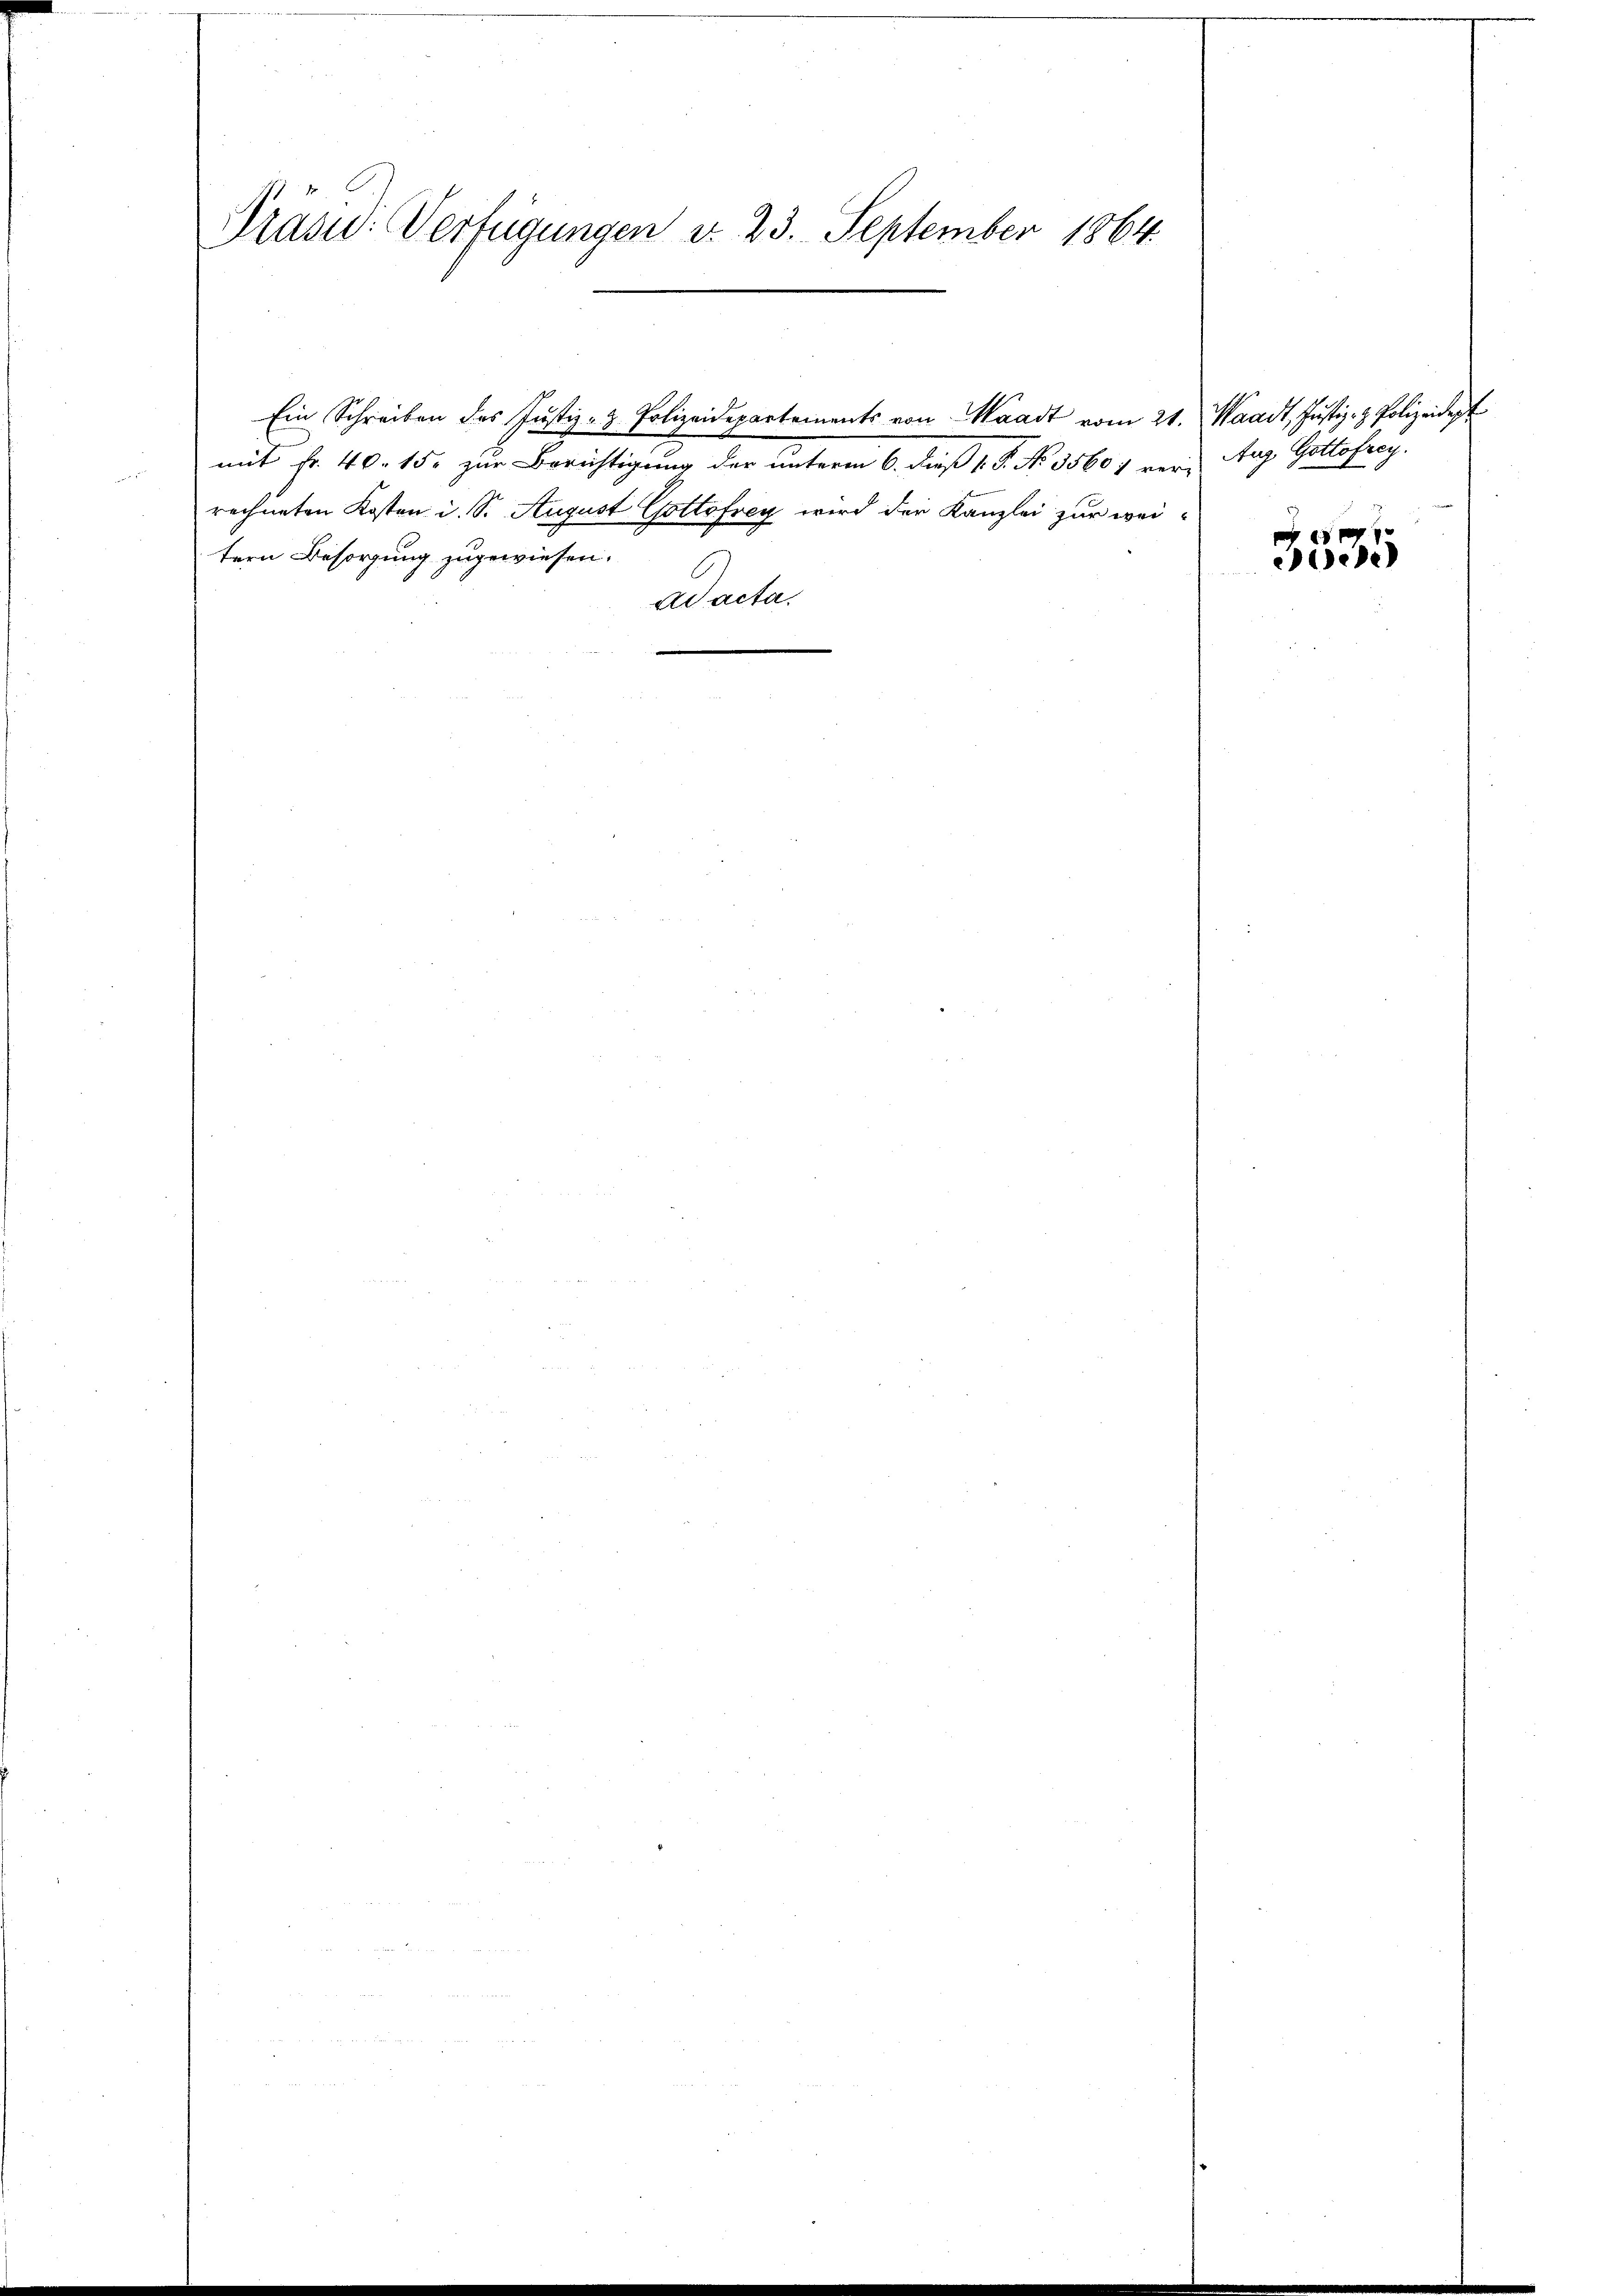
Präud: Verfügungen d. 23. September 1864.

Ein Schreiben des Justiz- & Polizeidepartements von Waadt vom 21. Waadt, Justiz- & Polizeidigt
mit fr. 40. 15. zur Berichtigung der unterm 6. dieß v. P. Nr. 3560 f vers Aug. Gottefrey.
rechneten Kosten i. S. August Gottfrey wird der Kanzlei zur weitern Besorgung zugewiesen.
ad acta.

3535